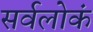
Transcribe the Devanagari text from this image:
सर्वलोकं